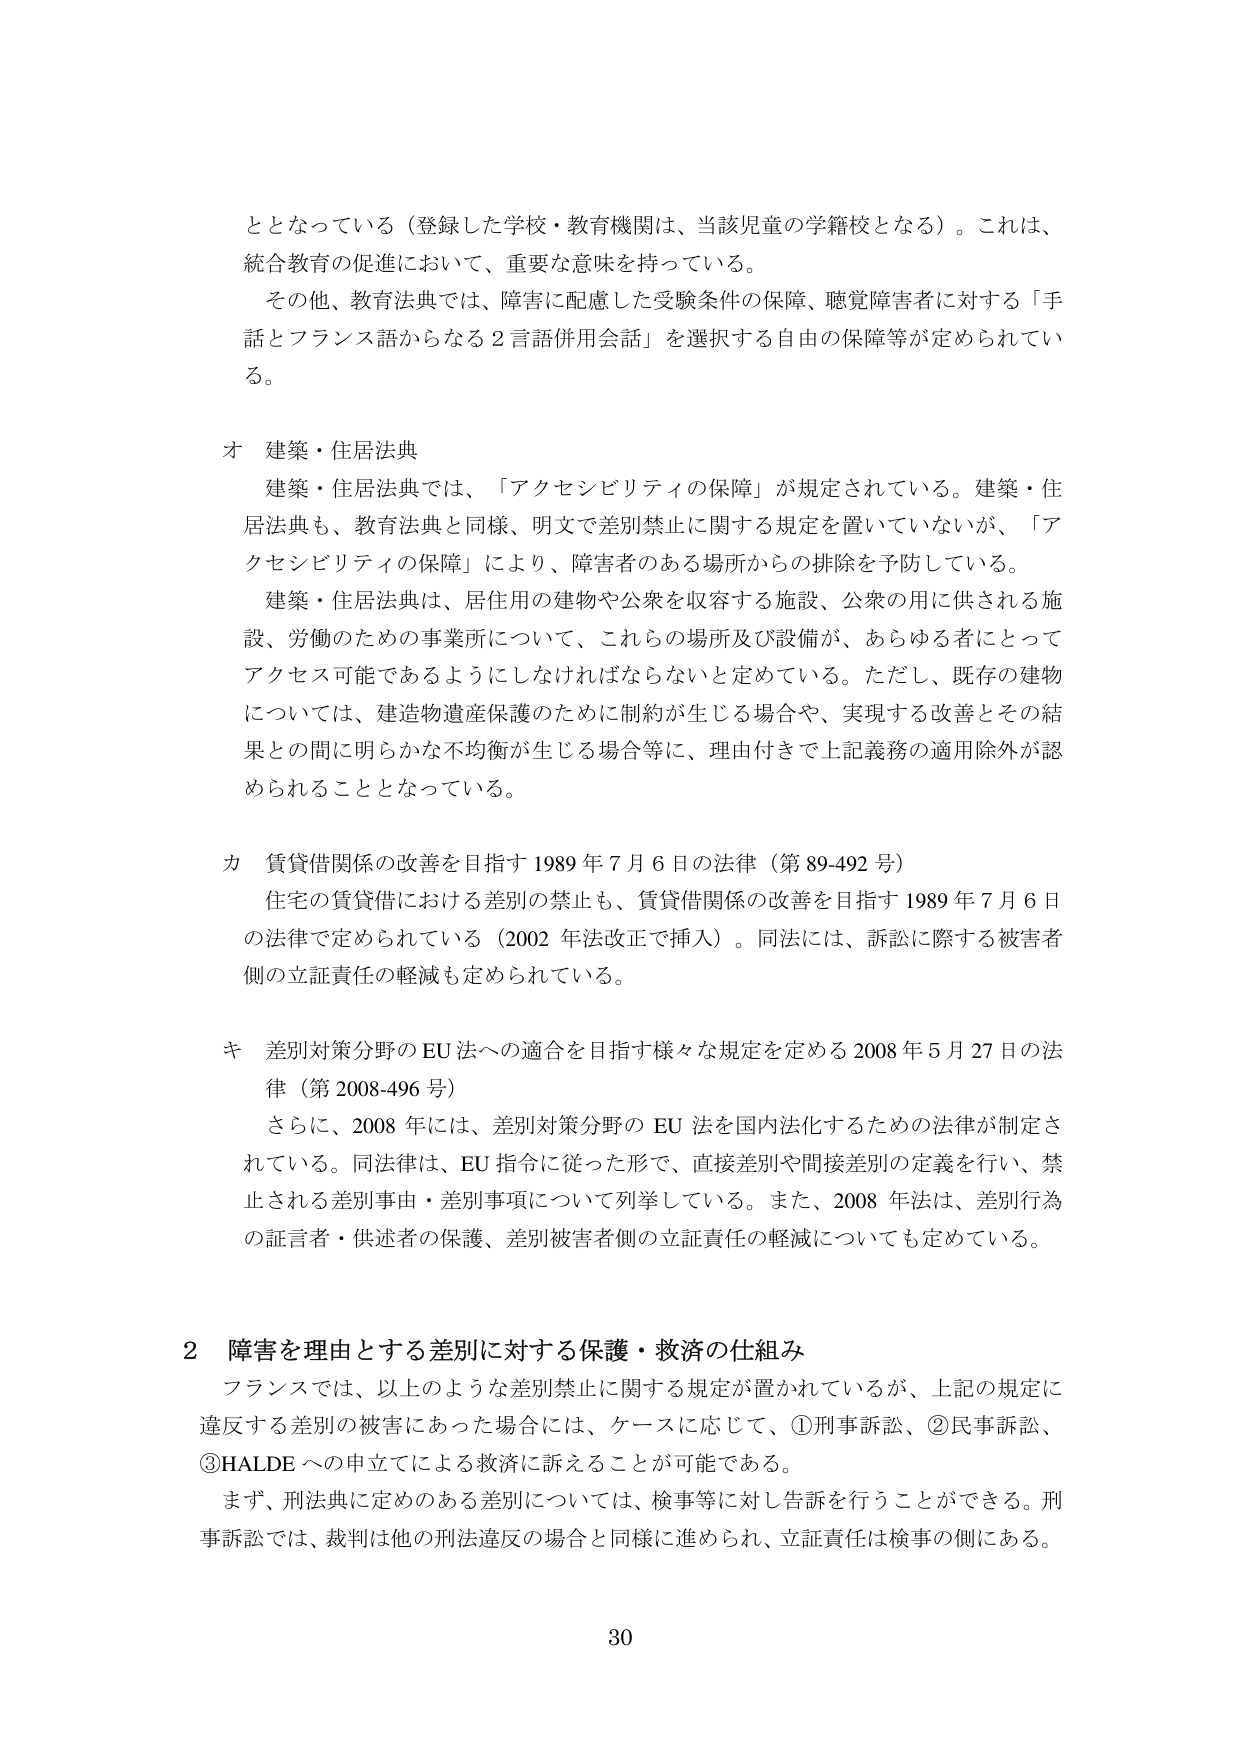
ととなっている（登録した学校・教育機関は、当該児童の学籍校となる）。これは、
統合教育の促進において、重要な意味を持っている。
その他、教育法典では、障害に配慮した受験条件の保障、聴覚障害者に対する「手
話とフランス語からなる２言語併用会話」を選択する自由の保障等が定められてい
る。

オ 建築・住居法典
建築・住居法典では、「アクセシビリティの保障」が規定されている。建築・住
居法典も、教育法典と同様、明文で差別禁止に関する規定を置いていないが、「ア
クセシビリティの保障」により、障害者のある場所からの排除を予防している。
建築・住居法典は、居住用の建物や公衆を収容する施設、公衆の用に供される施
設、労働のための事業所について、これらの場所及び設備が、あらゆる者にとって
アクセス可能であるようにしなければならないと定めている。ただし、既存の建物
については、建造物遺産保護のために制約が生じる場合や、実現する改善とその結
果との間に明らかな不均衡が生じる場合等に、理由付きで上記義務の適用除外が認
められることとなっている。

カ 賃貸借関係の改善を目指す1989年7月6日の法律（第89-492号）
住宅の賃貸借における差別の禁止も、賃貸借関係の改善を目指す1989年7月6日
の法律で定められている（2002年法改正で挿入）。同法には、訴訟に際する被害者
側の立証責任の軽減も定められている。

キ 差別対策分野のEU法への適合を目指す様々な規定を定める2008年5月27日の法
律（第2008-496号）
さらに、2008年には、差別対策分野のEU法を国内法化するための法律が制定さ
れている。同法律は、EU指令に従った形で、直接差別や間接差別の定義を行い、禁
止される差別事由・差別事項について列挙している。また、2008年法は、差別行為
の証言者・供述者の保護、差別被害者側の立証責任の軽減についても定めている。

2 障害を理由とする差別に対する保護・救済の仕組み
フランスでは、以上のような差別禁止に関する規定が置かれているが、上記の規定に
違反する差別の被害にあった場合には、ケースに応じて、①刑事訴訟、②民事訴訟、
③HALDEへの申立てによる救済に訴えることが可能である。
まず、刑法典に定めのある差別については、検事等に対し告訴を行うことができる。刑
事訴訟では、裁判は他の刑法違反の場合と同様に進められ、立証責任は検事の側にある。

30